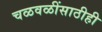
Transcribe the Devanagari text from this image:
चळवळींसाठीही